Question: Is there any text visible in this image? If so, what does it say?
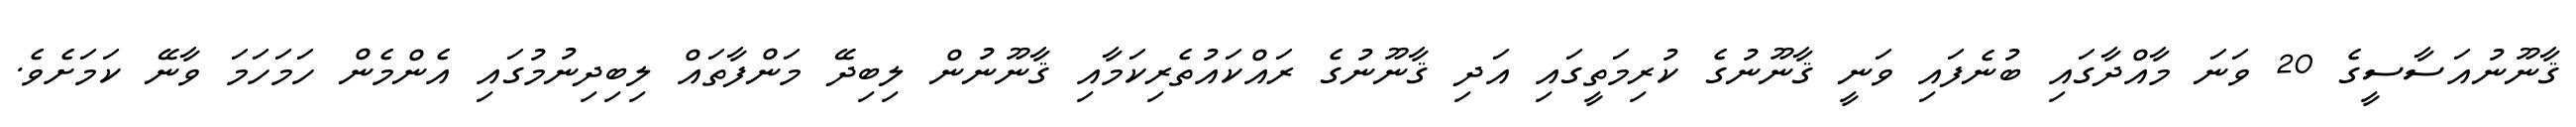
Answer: ޤާނޫނުއަސާސީގެ 20 ވަނަ މާއްދާގައި ބުނެފައި ވަނީ ޤާނޫނުގެ ކުރިމަތީގައި އަދި ޤާނޫނުގެ ރައްކައުތެރިކަމާއި ޤާނޫނުން ލިބިދޭ މަންފާތައް ލިބިދިނުމުގައި އެންމެން ހަމަހަމަ ވާނޭ ކަމަށެވެ.